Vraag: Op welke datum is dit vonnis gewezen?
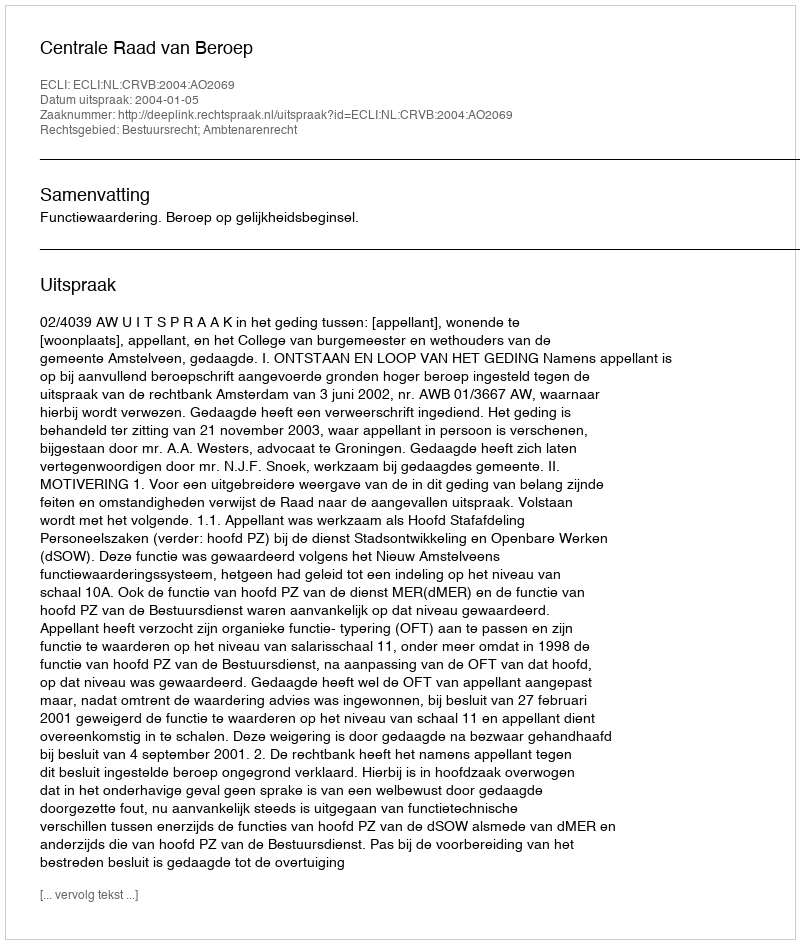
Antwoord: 2004-01-05